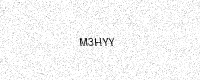
Text: M3HYY